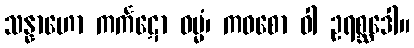
သန္နာဟော ကင်္ကဋော ဝမ္မံ၊ ကဝစော ဝါ ဥရစ္ဆဒေါ။